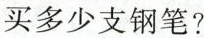
买多少支钢笔?